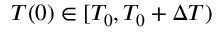
T ( 0 ) \in [ T _ { 0 } , T _ { 0 } + \Delta T )